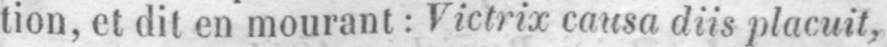
tion, et dit en mourant: Victrix causa diis placuit,